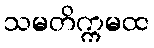
သမတိက္ကမထ